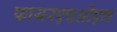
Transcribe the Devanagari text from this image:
फायरएचओएल